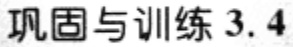
巩固与训练 3.4